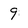
Character: 9